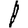
Digit: 1